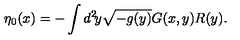
\eta _ { 0 } ( x ) = - \int d ^ { 2 } \! y \sqrt { - g ( y ) } G ( x , y ) R ( y ) .